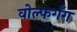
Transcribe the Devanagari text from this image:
वोल्फगँग